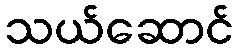
သယ်ဆောင်